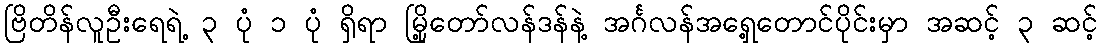
ဗြိတိန်လူဦးရေရဲ့ ၃ ပုံ ၁ ပုံ ရှိရာ မြို့တော်လန်ဒန်နဲ့ အင်္ဂလန်အရှေ့တောင်ပိုင်းမှာ အဆင့် ၃ ဆင့်